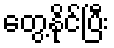
တွေ့နိုင်ပြီး